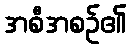
အစီအစဉ်၏